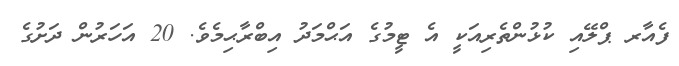
ފެއާރ ޕްލޭއި ކުޅުންތެރިއަކީ އެ ޓީމުގެ އަޙްމަދު އިބްރާޙިމެވެ. 20 އަހަރުން ދަށުގެ